Vaccination North-Western Provinces and Oudh 1896-1901 - 1896-1901
Year: 1896
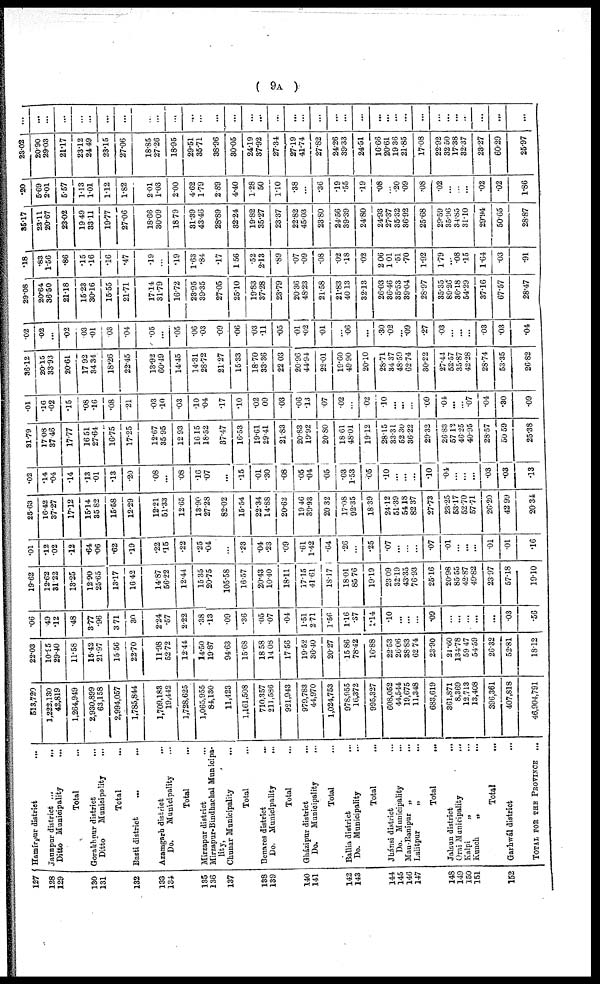
( 9A )
127
128
129
130
131
132
133
134
135
136
137
138
139
140
141
142
143
144
145
146
147
148
149
150
151
152
Hamírpur district
...
Jaunpur district ...
...
Ditto Municipality
...
Total ...
Gorakhpur district ...
Ditto
Municipality
...
Total ...
Basti district
...
...
Azamgarh district
...
Do.
Municipality ...
Total ...
Mirzapur district ...
Mirzapur-Bindhachal Municipa-
lity,
Chunar Municipality ...
Total ...
Benares district ...
Do. Municipality
...
Total ...
Gházipur district ...
Do.
Municipality
...
Total ...
Ballia district ...
Do. Municipality ...
Total ...
Jhánsi district ...
Do. Municipality ...
Mau-Ranipur „
...
Lalitpur
„ ...
Total
...
Jalaun district
...
Orai Municipality
...
Kalpi
„ ...
Kunch
„
...
Total ...
Garhwál district ...
TOTAL FOR THE PROVINCE ...
513,720
1,222,130
42,819
1,264,949
2,930,899
63,158
2,994,057
1,785,844
1,709,183
19,442
1,728,625
1,065,955
84,130
11,423
1,161,508
710,357
211,586
921,943
979,783
44,970
1,024,753
978,955
16,372
995,327
608,052
44,544
19,675
11,348
683,619
361,871
8,369
12,713
13,408
396,361
407,818
46,904,791
22.03
10.95
29.40
11.58
15.42
21.97
15.56
22.70
11.98
52.72
12.44
14.50
19.87
94.63
15.68
18.58
14.08
17.56
19.52
36.40
20.27
15.86
78.42
16.88
22.53
26.06
38.83
62.74
23.90
21.60
134.78
59.47
54.59
26.32
52.81
18.12
.06
.49
.12
.48
3.77
.96
3.71
30
2.24
.57
2.22
.38
.13
.09
.36
.05
.07
.04
1.51
2.71
1.56
1.16
.37
1.14
.10
...
...
...
.09
...
...
...
...
...
.03
.56
19.62
12.62
31.22
13.25
12.90
25.65
13.17
16.42
14.87
56.22
12.44
15.35
20.75
105.58
16.57
20.43
10.40
18.11
17.15
41.61
18.17
18.01
85.76
19.19
23.09
32.19
43.35
76.93
25.16
20.98
85.55
42.87
49.82
23.97
57.18
19.10
.01
.12
.02
.12
.64
.06
.62
.19
.22
.15
.22
.25
.04
...
.23
.04
.23
.09
.61
1.42
.64
.26
...
.25
.07
...
...
...
.07
.01
...
...
...
.01
.01
.16
25.63
16.42
37.27
17.12
15.14
35.82
15.58
12.29
12.21
51.33
12.65
13.90
27.28
82.02
15.54
22.34
14.88
20.62
19.46
39.93
20.32
17.08
92.35
18.39
24.12
51.39
54.18
82.37
27.73
23.25
53.17
52.70
57.71
26.20
42.99
20.34
.02
.14
.04
.14
.13
.01
.13
.20
.08
...
.08
.16
.07
...
.15
.01
.30
.08
.05
.04
.05
.03
1.53
.05
.10
...
...
...
.10
.04
...
...
...
.03
.03
.13
31.79
17.08
37.46
17.77
16.51
27.64
16.75
17.25
12.67
35.95
12.93
16.15
18.52
37.47
16.53
19.61
29.41
21.83
20.83
19.92
20.80
18.61
48.01
19.12
28.15
33.31
52.30
36.22
29.32
26.83
57.12
46.25
40.95
28.57
50.59
25.38
.01
.16
.02
.15
.08
.16
.08
.21
.03
.10
.03
.10
.04
.17
.10
.02
.09
.03
.06
.13
.07
.02
...
.02
.10
...
...
...
.09
.04
...
...
.07
.04
.30
.09
36.12
20.15
33.93
20.61
17.92
34.34
18.26
22.45
13.92
60.49
14.45
14.31
28.72
21.27
15.33
18.70
33.36
22.03
20.96
44.94
22.01
19.60
49.90
20.10
28.71
34.37
48.59
62.74
30.22
27.44
52.57
35.87
42.28
28.74
53.35
26.82
.02
.02
...
.02
.03
.01
.03
.04
.05
...
.05
.06
.03
.09
.06
.03
.11
.05
.01
.02
.01
...
.06
...
.30
.02
...
.09
.27
.03
...
...
...
.03
.03
.04
29.08
20.64
36.50
21.18
15.23
30.16
15.55
21.71
17.14
31.79
16.72
23.95
39.35
27.05
25.10
19.83
37.28
23.79
20.36
48.23
21.58
21.83
40.13
32.13
26.03
36.46
35.53
39.04
28.97
35.35
89.26
36.18
54.29
37.16
67.57
28.47
.18
.83
1.56
.86
.15
.16
.16
.47
.19
...
.19
1.63
.84
.17
1.56
.52
2.13
.89
.07
.09
.08
.02
.18
.02
2.06
1.01
.51
.70
1.92
1.79
...
.08
.15
1.64
.03
.91
35.17
23.11
20.67
23.02
19.49
33.11
19.77
27.06
18.66
30.09
18.79
31.39
43.46
28.89
32.24
19.82
35.27
23.37
22.82
45.03
23.80
24.56
39.39
24.80
24.93
27.37
35.32
36.92
25.68
29.59
35.96
34.85
31.10
29.94
50.65
28.87
.20
5.69
2.01
5.57
1.13
1.01
1.12
1.82
2.01
1.03
2.00
4.62
1.79
2.89
4.40
1.28
50
1.10
.38
...
.36
.19
.55
.19
.08
...
.20
.09
.08
.02
...
...
...
.02
.02
1.86
23.02
20.90
29.03
21.17
23.12
24.49
23.15
27.06
18.85
27.26
18.95
29.51
35.71
38.96
30.05
24.19
37.92
27.34
27.19
41.74
27.82
24.26
39.33
24.51
16.66
20.61
19.36
21.85
17.08
22.92
32.50
17.38
32.37
23.27
60.29
25.97
...
...
...
...
...
...
...
...
...
...
...
...
...
...
...
...
...
...
...
...
...
...
...
...
...
...
...
...
...
...
...
...
...
...
...
...